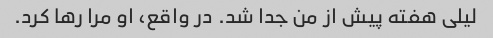
لیلی هفته پیش از من جدا شد. در واقع، او مرا رها کرد.